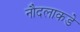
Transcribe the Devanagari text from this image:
नौदलाकडे